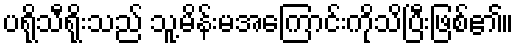
ပရိုသီရိုးသည် သူ့မိန်းမအကြောင်းကိုသိပြီးဖြစ်၏။